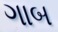
ગાબ